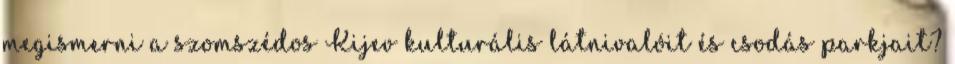
megismerni a szomszédos Kijev kulturális látnivalóit és csodás parkjait?